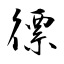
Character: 徱